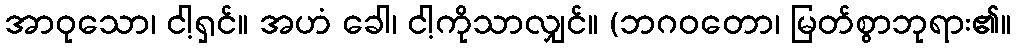
အာဝုသော၊ ငါ့ရှင်။ အဟံ ခေါ၊ ငါ့ကိုသာလျှင်။ (ဘဂဝတော၊ မြတ်စွာဘုရား၏။